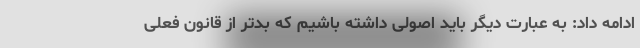
ادامه داد: به عبارت دیگر باید اصولی داشته باشیم که بدتر از قانون فعلی